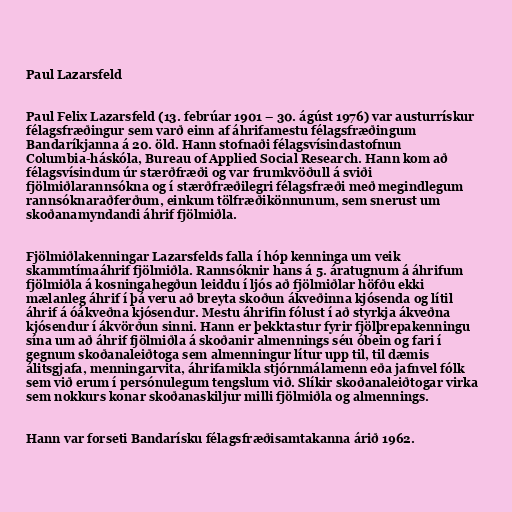
Paul Lazarsfeld

Paul Felix Lazarsfeld (13. febrúar 1901 – 30. ágúst 1976) var austurrískur
félagsfræðingur sem varð einn af áhrifamestu félagsfræðingum
Bandaríkjanna á 20. öld. Hann stofnaði félagsvísindastofnun
Columbia-háskóla, Bureau of Applied Social Research. Hann kom að
félagsvísindum úr stærðfræði og var frumkvöðull á sviði
fjölmiðlarannsókna og í stærðfræðilegri félagsfræði með megindlegum
rannsóknaraðferðum, einkum tölfræðikönnunum, sem snerust um
skoðanamyndandi áhrif fjölmiðla.

Fjölmiðlakenningar Lazarsfelds falla í hóp kenninga um veik
skammtímaáhrif fjölmiðla. Rannsóknir hans á 5. áratugnum á áhrifum
fjölmiðla á kosningahegðun leiddu í ljós að fjölmiðlar höfðu ekki
mælanleg áhrif í þá veru að breyta skoðun ákveðinna kjósenda og lítil
áhrif á óákveðna kjósendur. Mestu áhrifin fólust í að styrkja ákveðna
kjósendur í ákvörðun sinni. Hann er þekktastur fyrir fjölþrepakenningu
sína um að áhrif fjölmiðla á skoðanir almennings séu óbein og fari í
gegnum skoðanaleiðtoga sem almenningur lítur upp til, til dæmis
álitsgjafa, menningarvita, áhrifamikla stjórnmálamenn eða jafnvel fólk
sem við erum í persónulegum tengslum við. Slíkir skoðanaleiðtogar virka
sem nokkurs konar skoðanaskiljur milli fjölmiðla og almennings.

Hann var forseti Bandarísku félagsfræðisamtakanna árið 1962.